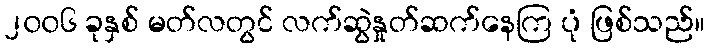
၂၀၀၆ ခုနှစ် မတ်လတွင် လက်ဆွဲနှုတ်ဆက်နေကြ ပုံ ဖြစ်သည်။